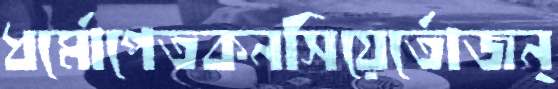
ধর্মোপেতকনসিয়ের্তোজন্